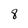
Character: 8